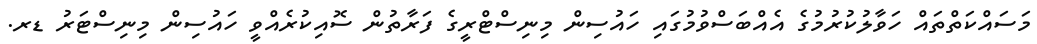
މަސައްކަތްތައް ހަވާލުކުރުމުގެ އެއްބަސްވުމުގައި ހައުސިން މިނިސްޓްރީގެ ފަރާތުން ސޮއިކުރެއްވީ ހައުސިން މިނިސްޓަރު ޑރ.